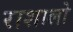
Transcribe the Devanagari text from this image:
राशालो